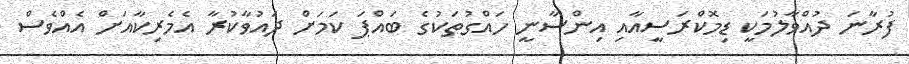
ފުރާނަ ދުއްވާލުމަކީ ޑިމޮކްރަސީއާއި އިންސާނީ ހައްގުތަކުގެ ބައްޕަ ކަމަށް ދައުވާކުރާ އެމެރިކާއަށް އެއްވެސް